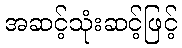
အဆင့်သုံးဆင့်ဖြင့်